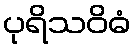
ပုရိသဝိဓံ